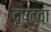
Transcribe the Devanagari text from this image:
दृष्टवा